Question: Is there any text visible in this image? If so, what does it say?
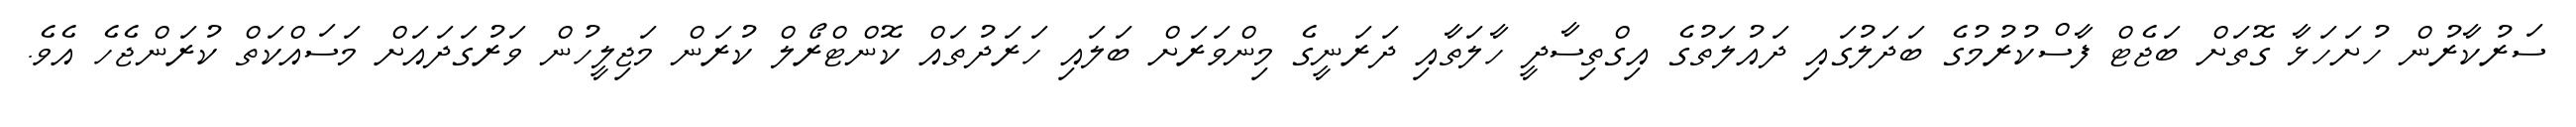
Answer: ސަރުކާރުން ހުށަހަޅާ ގޮތަށް ބަޖެޓް ފާސްކުރުމުގެ ބަދަލުގައި ދައުލަތުގެ އިގްތިސާދީ ހާލަތާއި ދަރަނީގެ މިންވަރަށް ބަލައި ހަރަދުތައް ކޮންޓްރޯލް ކުރަން މަޖިލީހުން ވަރުގަދައަށް މަސައްކަތް ކުރަންޖެހެ އެވެ.